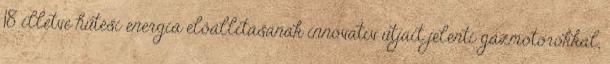
18 illetve hűtési energia előállításának innovatív útjait jelenti gázmotorokkal,